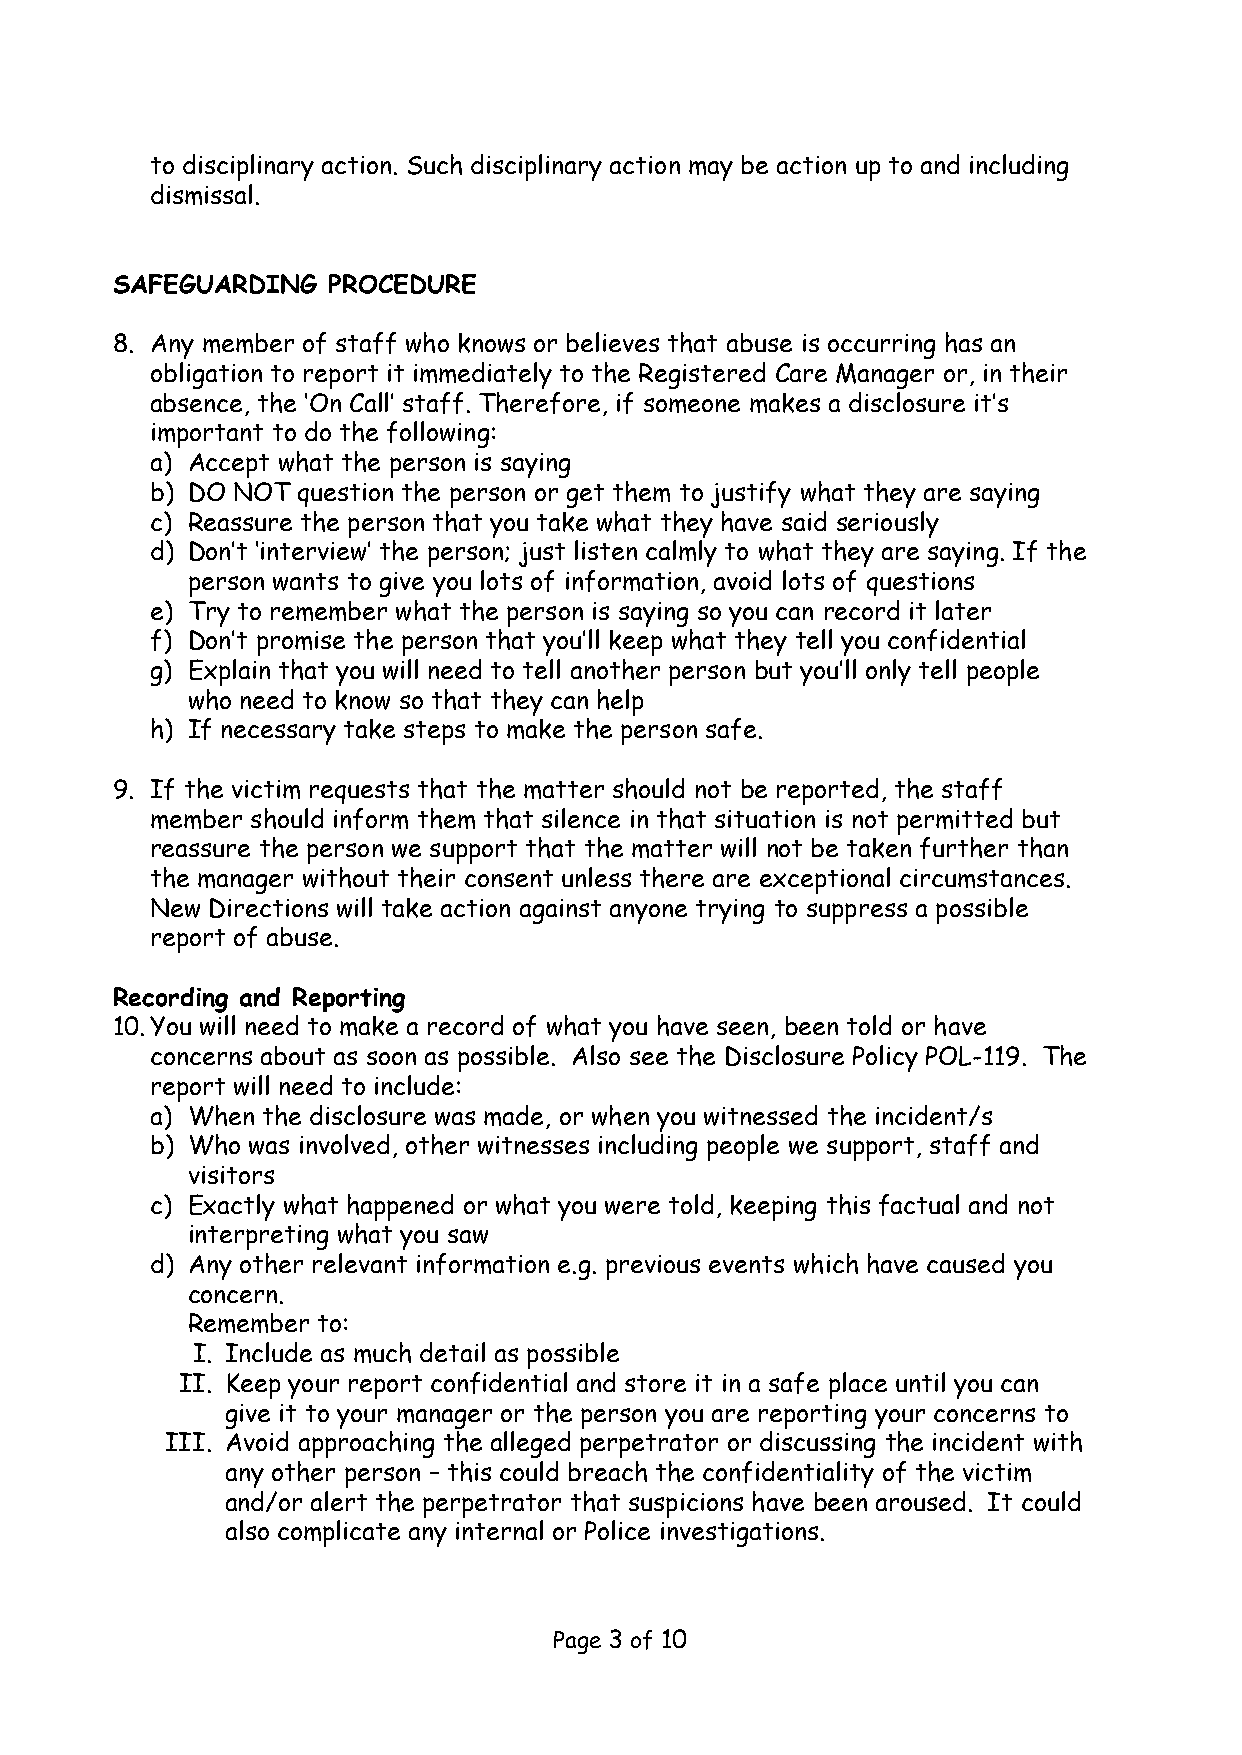
to disciplinary action. Such disciplinary action may be action up to and including
 dismissal.
 SAFEGUARDING   PROCEDURE
 8. Any member of staff who knows or believes that abuse is occurring has an
 obligation to report it immediately to the Registered Care Manager or, in their
 absence, the ‘On Call’ staff. Therefore, if someone makes a disclosure it’s
 important to do the following:
 a) Accept what the person is saying
 b) DO NOT question the person or get them to justify what they are saying
 c) Reassure the person that you take what they have said seriously
 d) Don’t ‘interview’ the person; just listen calmly to what they are saying. If the
 person wants to give you lots of information, avoid lots of questions
 e) Try to remember what the person is saying so you can record it later
 f) Don’t promise the person that you’ll keep what they tell you confidential
 g) Explain that you will need to tell another person but you’ll only tell people
 who need to know so that they can help
 h) If necessary take steps to make the person safe.
 9. If the victim requests that the matter should not be reported, the staff
 member should inform them that silence in that situation is not permitted but
 reassure the person we support that the matter will not be taken further than
 the manager without their consent unless there are exceptional circumstances.
 New Directions will take action against anyone trying to suppress a possible
 report of abuse.
 Recording and Reporting
 10.You will need to make a record of what you have seen, been told or have
 concerns about as soon as possible. Also see the Disclosure Policy POL-119. The
 report will need to include:
 a) When the disclosure was made, or when you witnessed the incident/s
 b) Who was involved, other witnesses including people we support, staff and
 visitors
 c) Exactly what happened or what you were told, keeping this factual and not
 interpreting what you saw
 d) Any other relevant information e.g. previous events which have caused you
 concern.
 Remember to:
 I. Include as much detail as possible
 II. Keep your report confidential and store it in a safe place until you can
 give it to your manager or the person you are reporting your concerns to
 III. Avoid approaching the alleged perpetrator or discussing the incident with
 any other person – this could breach the confidentiality of the victim
 and/or alert the perpetrator that suspicions have been aroused. It could
 also complicate any internal or Police investigations.
 Page 3 of 10